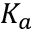
K _ { a }